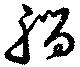
脳